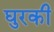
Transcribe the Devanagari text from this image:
घुरकी